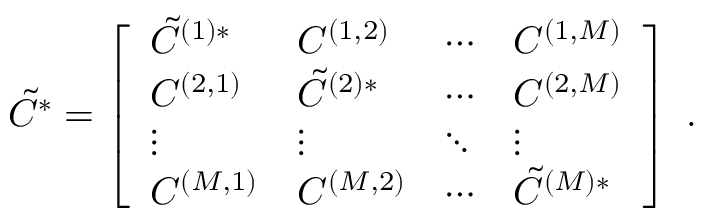
\tilde { C } ^ { * } = \left[ \begin{array} { l l l l } { \tilde { C } ^ { ( 1 ) * } } & { C ^ { ( 1 , 2 ) } } & { \cdots } & { C ^ { ( 1 , M ) } } \\ { C ^ { ( 2 , 1 ) } } & { \tilde { C } ^ { ( 2 ) * } } & { \cdots } & { C ^ { ( 2 , M ) } } \\ { \vdots } & { \vdots } & { \ddots } & { \vdots } \\ { C ^ { ( M , 1 ) } } & { C ^ { ( M , 2 ) } } & { \cdots } & { \tilde { C } ^ { ( M ) * } } \end{array} \right] ~ .